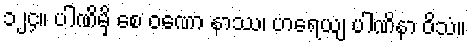
၁၂၄။ ပါဏိမှိ စေ ဝဏော နာဿ၊ ဟရေယျ ပါဏိနာ ဝိသံ။